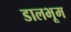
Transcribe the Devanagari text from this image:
डालभूम